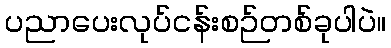
ပညာပေးလုပ်ငန်းစဉ်တစ်ခုပါပဲ။